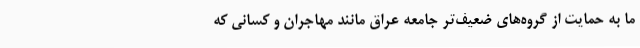
ما به حمایت از گروه‌های ضعیف‌تر جامعه عراق مانند مهاجران و کسانی که